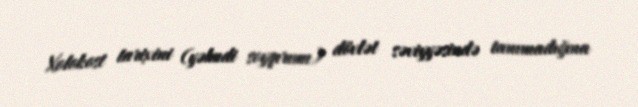
Xolokost tarixini (yəhudi soyqırımı) dövlət səviyyəsində tanımadığına